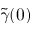
\widetilde \gamma ( 0 )